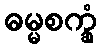
ဓမ္မစက္ခုံ